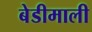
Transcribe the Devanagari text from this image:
बेडीमाली